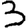
Digit: 3